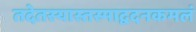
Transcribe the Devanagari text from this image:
तदेतस्यास्तस्माद्वदनकमलं